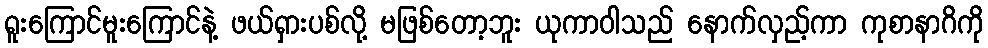
ရူးကြောင်မူးကြောင်နဲ့ ဖယ်ရှားပစ်လို့ မဖြစ်တော့ဘူး ယုကာဝါသည် နောက်လှည့်ကာ ကုစာနာဂိကို